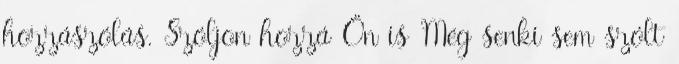
hozzászólás. Szóljon hozzá Ön is Még senki sem szólt